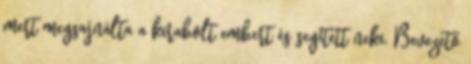
mert megsajnálta a kirabolt embert és segített neki. Bevezető